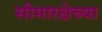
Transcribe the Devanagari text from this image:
सीमारक्षेच्या